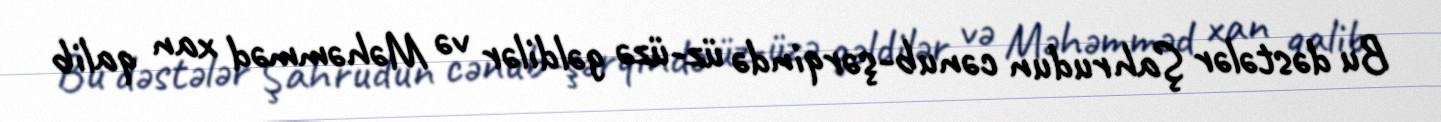
Bu dəstələr Şahrudun cənub-şərqində üz-üzə gəldilər və Məhəmməd xan qalib